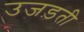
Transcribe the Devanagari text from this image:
उजड़ती